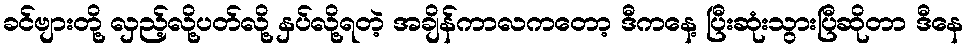
ခင်ဗျားတို့ လှည့်လို့ပတ်လို့ နှပ်လို့ရတဲ့ အချိန်ကာလကတော့ ဒီကနေ့ ပြီးဆုံးသွားပြီဆိုတာ ဒီနေ